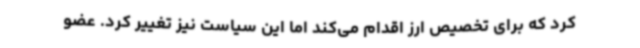
کرد که برای تخصیص ارز اقدام می‌کند اما این سیاست نیز تغییر کرد. عضو